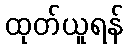
ထုတ်ယူရန်